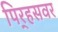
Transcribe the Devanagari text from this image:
पिर्‍हसवर